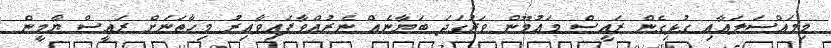
މިމައްސަލައާއި ގުޅިގެން ރައީސް މައުމޫން ވަރުގަދަ ބަޔާނެއް ނެރުއްވާފައިވާއިރު މިހާތަނަށް ރައީސް ޔާމީން